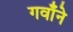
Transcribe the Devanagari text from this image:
गवाँने